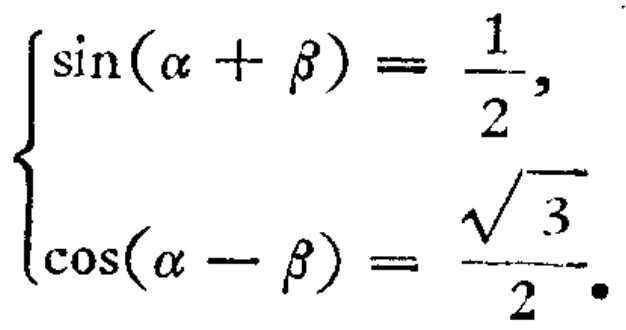
\(\begin{cases}
\sin(\alpha + \beta) = \frac{1}{2}, \\
\cos(\alpha - \beta) = \frac{\sqrt{3}}{2}.
\end{cases}\)